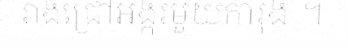
រាងជ្រៅអង្ករមួយការុង ។